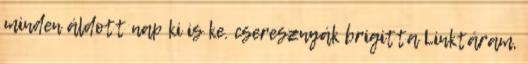
minden áldott nap ki is ke. cseresznyák brigitta Linktáram,